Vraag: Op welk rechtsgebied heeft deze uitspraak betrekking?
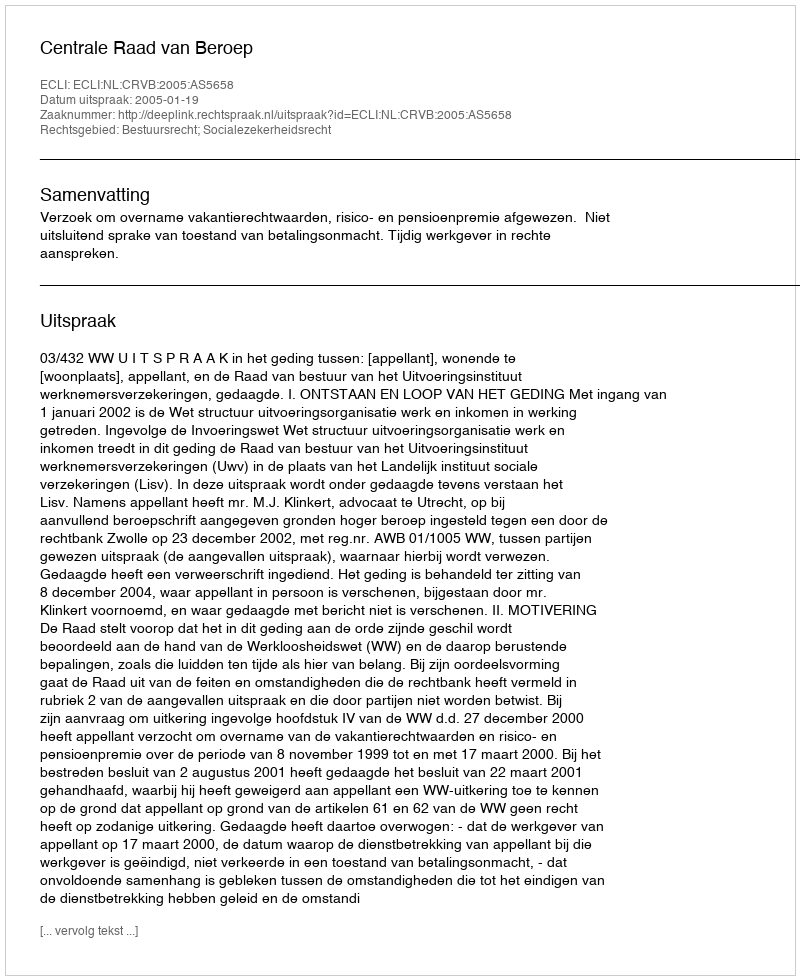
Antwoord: Bestuursrecht; Socialezekerheidsrecht